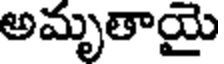
అమృతాయై